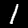
Label: 1